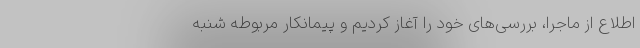
اطلاع از ماجرا، بررسی‌های خود را آغاز کردیم و پیمانکار مربوطه شنبه